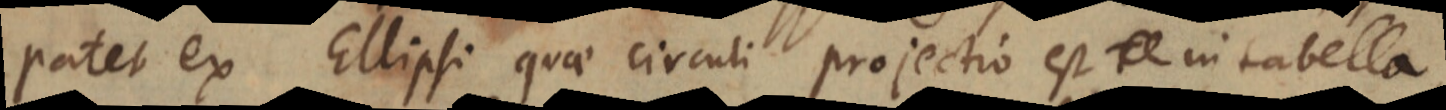
patet ex Ellipsi quae circuli projectio est in tabella